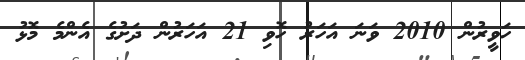
ހަވީރުން 2010 ވަނަ އަހަރު ހޮވި 21 އަހަރުން ދަށުގެ އެންމެ މޮޅު